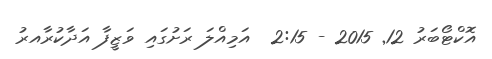
އޮކްޓޯބަރު 12